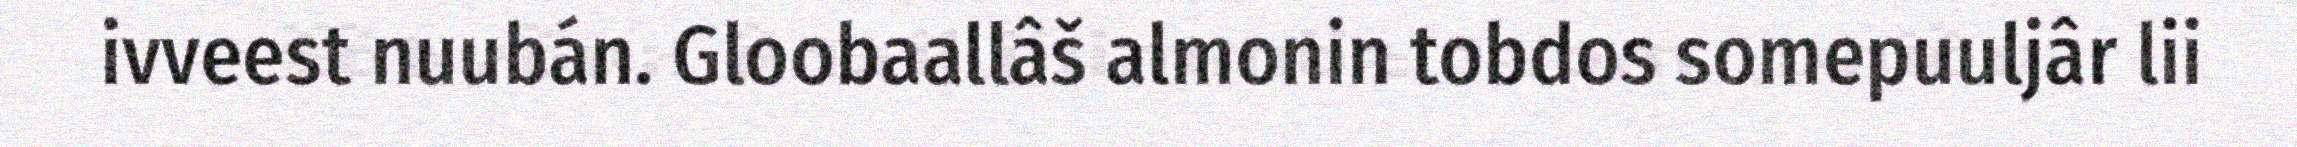
ivveest nuubán. Gloobaallâš almonin tobdos somepuuljâr lii